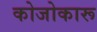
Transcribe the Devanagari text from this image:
कोजोकारू